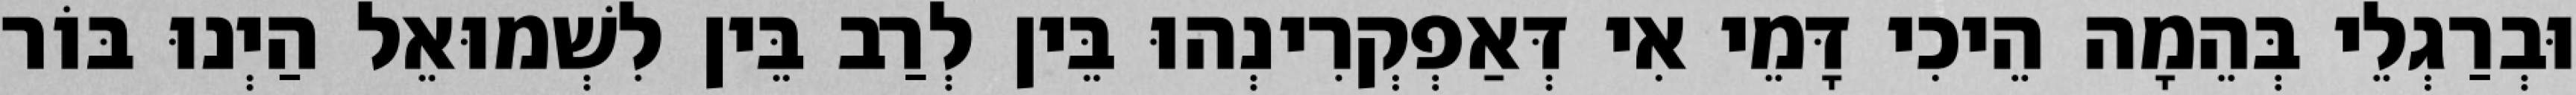
וּבְרַגְלֵי בְּהֵמָה הֵיכִי דָּמֵי אִי דְּאַפְקְרִינְהוּ בֵּין לְרַב בֵּין לִשְׁמוּאֵל הַיְנוּ בּוֹר